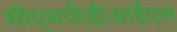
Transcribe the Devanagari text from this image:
सीएमपीडीआईएल